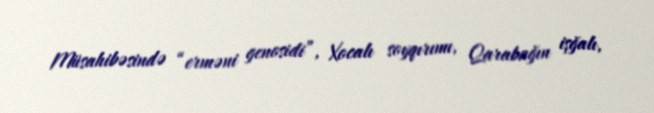
Müsahibəsində “erməni genosidi”, Xocalı soyqırımı, Qarabağın işğalı,